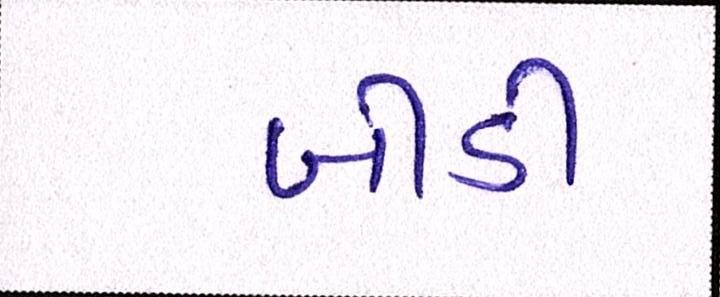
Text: બીડી